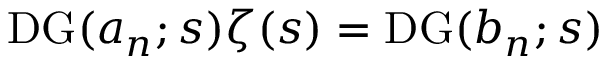
\operatorname { D G } ( a _ { n } ; s ) \zeta ( s ) = \operatorname { D G } ( b _ { n } ; s )